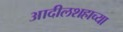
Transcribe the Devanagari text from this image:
आदीलशहाच्या